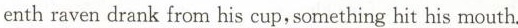
enth raven drank from his cup, something hit his mouth.